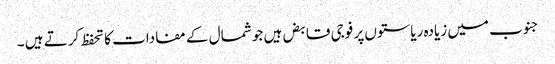
جنوب میں زیادہ ریاستوں پر فوجی قابض ہیں جو شمال کے مفادات کا تحفظ کرتے ہیں ۔